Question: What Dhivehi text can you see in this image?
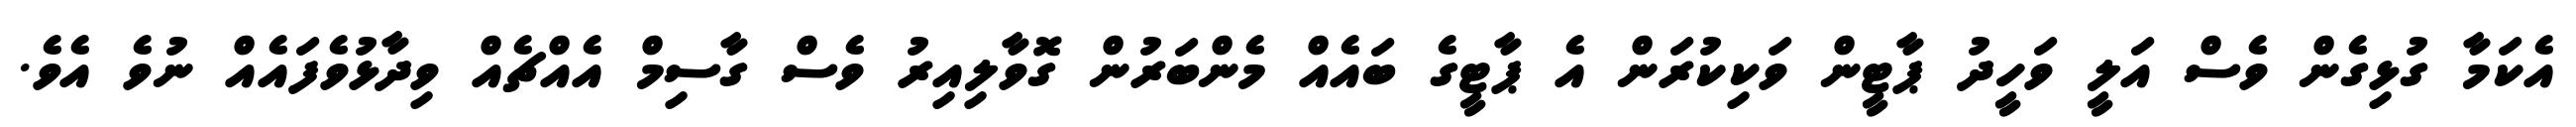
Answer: އެކަމާ ގުޅިގެން ވެސް އަލީ ވަހީދު ޕާޓީން ވަކިކުރަން އެ ޕާޓީގެ ބައެއް މެންބަރުން ގޮވާލިއިރު ވެސް ގާސިމް އެއްޗެއް ވިދާޅުވެފައެއް ނުވެ އެވެ.